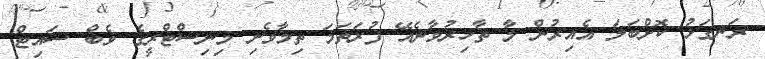
ރަނގަޅު ކޮށްބަލަ އެއިރުން މާ ތާހިރުވާނެއޭ ފުރަތަމަ ތިމާވެށި މިިނިސްޓްރީގެ ވެބް ސައިޓް